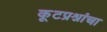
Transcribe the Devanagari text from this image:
कूटप्रश्नांचा